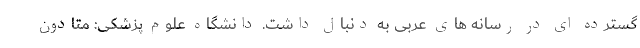
گسترده ای در رسانه های عربی به دنبال داشت. دانشگاه علوم پزشکی: متادون